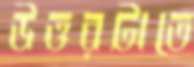
উত্তরটাতে